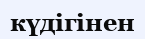
күдігінен